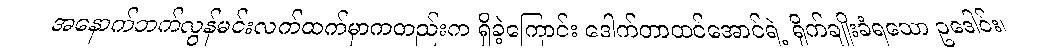
အနောက်ဘက်လွန်မင်းလက်ထက်မှာကတည်းက ရှိခဲ့ကြောင်း ဒေါက်တာထင်အောင်ရဲ့ ရိုက်ချိုးခံရသော ဥဒေါင်း၊